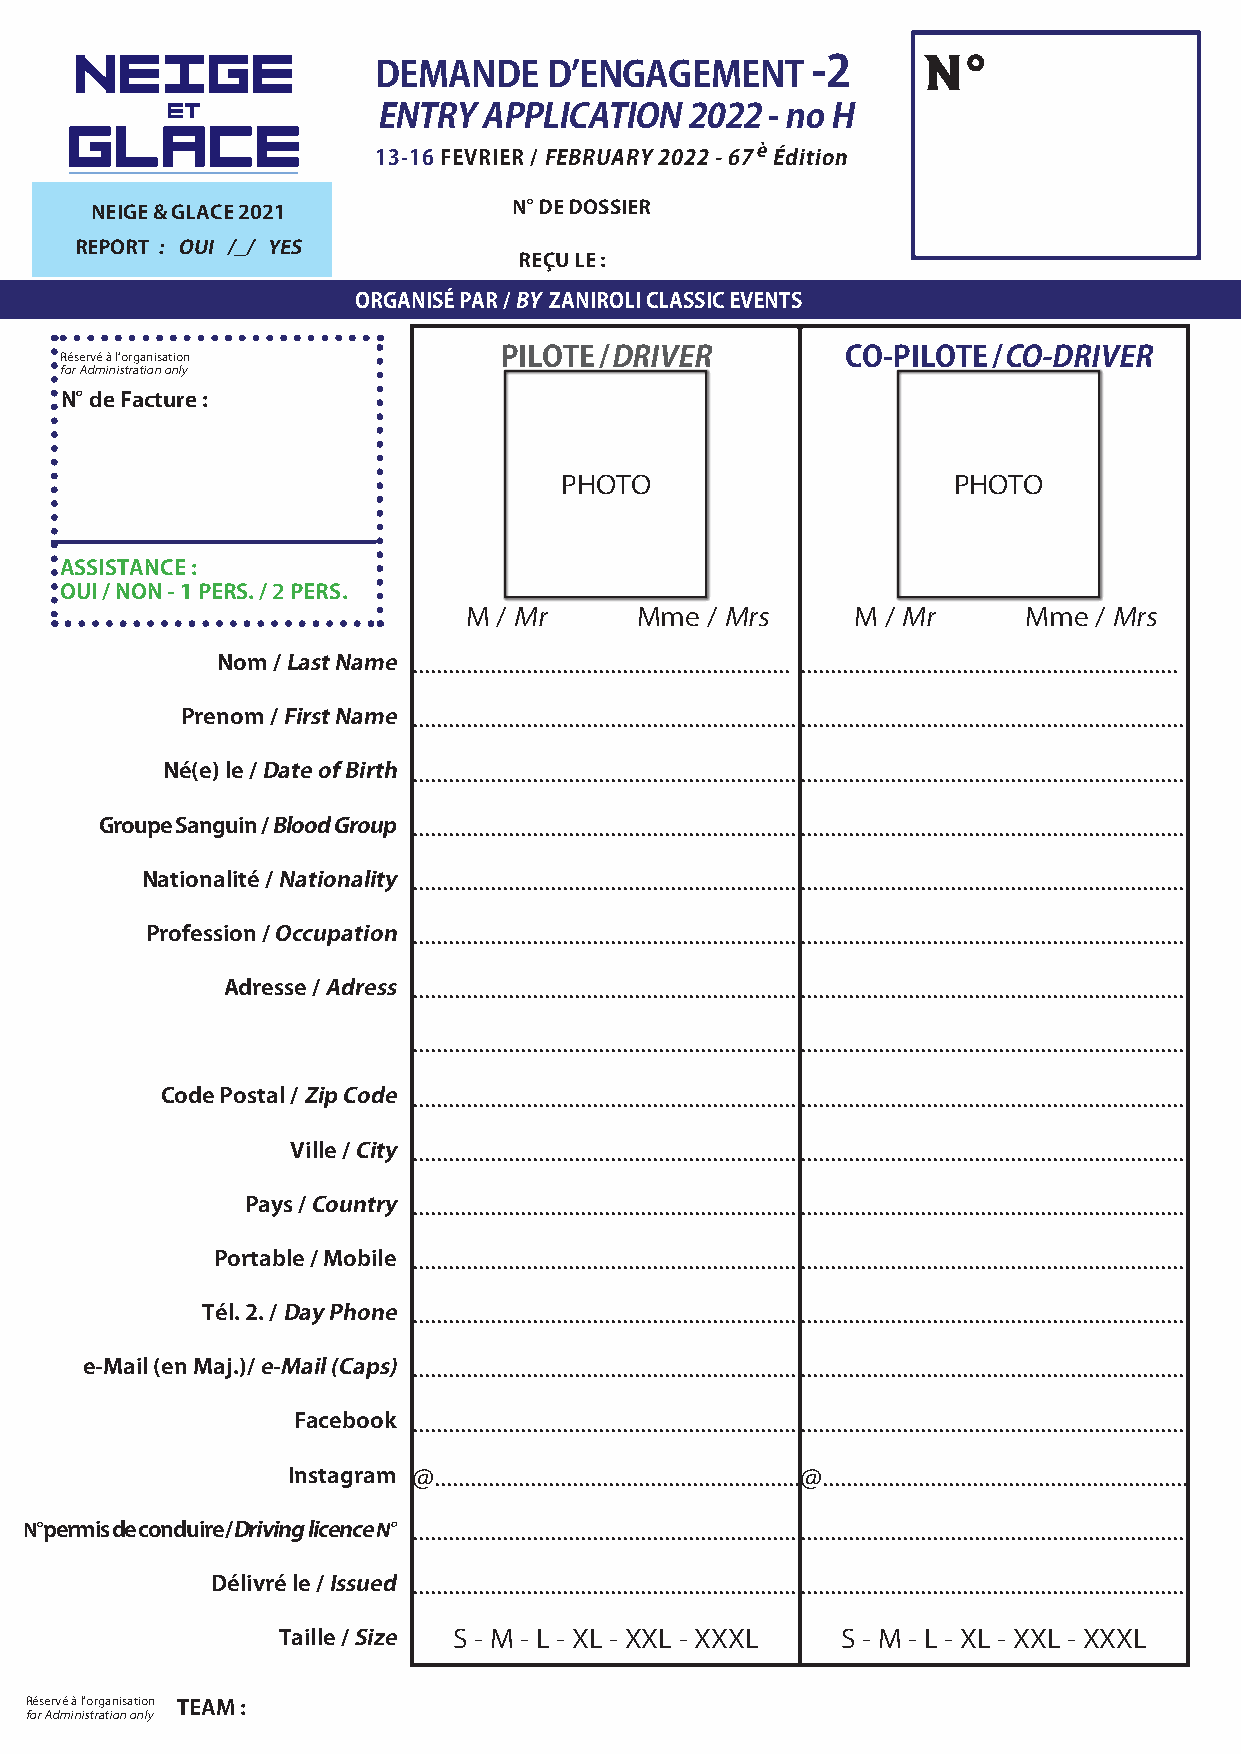
NEIGE               DEMANDE    D’ENGAGEMENT      -2     N°
 et
 ENTRY  APPLICATION  2022  - no H
 GLACE
 è
 13-16 FEVRIER / FEBRUARY 2022 - 67 Édition
 -
 NEIGE & GLACE 2021          N° DE DOSSIER
 REPORT : OUI /_/ YES
 REÇU LE :
 ORGANISÉ PAR / BY ZANIROLI CLASSIC EVENTS
 Réservé❏à❏l’organisation     PILOTE / DRIVER        CO-PILOTE / CO-DRIVER
 for❏Administration❏only
 N° de Facture :
 PHOTO                     PHOTO
 ASSISTANCE :
 OUI / NON - 1 PERS. / 2 PERS.
 ❏❏ M❏/❏Mr  ❏❏ Mme❏/❏Mrs   ❏❏ M❏/❏Mr  ❏❏ Mme❏/❏Mrs
 Nom / Last Name ............................................................... ...............................................................
 Prenom / First Name ................................................................................................................................
 Né(e) le / Date of Birth ................................................................❏................................................................❏
 Groupe Sanguin / Blood Group ................................................................................................................................
 Nationalité / Nationality ................................................................❏................................................................❏
 Profession / Occupation ................................................................................................................................
 Adresse / Adress ................................................................................................................................
 ................................................................................................................................
 Code Postal / Zip Code ................................................................................................................................
 Ville / City ................................................................................................................................
 Pays / Country ................................................................................................................................
 Portable / Mobile ................................................................................................................................
 Tél. 2. / Day Phone ................................................................................................................................
 e-Mail (en Maj.)/ e-Mail (Caps) ................................................................................................................................
 Facebook ................................................................................................................................
 Instagram @.............................................................@.............................................................
 N° permis de conduire / Driving licence N°................................................................❏................................................................❏
 Délivré le / Issued ................................................................................................................................
 Taille / Size S❏-❏M❏-❏L❏-❏XL❏-❏XXL❏-❏XXXL S❏-❏M❏-❏L❏-❏XL❏-❏XXL❏-❏XXXL
 Réservé❏à❏l’organisation TEAM :
 for❏Administration❏only